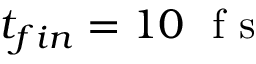
t _ { f i n } = 1 0 ~ \mathrm { ~ f ~ s ~ }